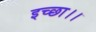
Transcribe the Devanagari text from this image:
इच्‍छा।।